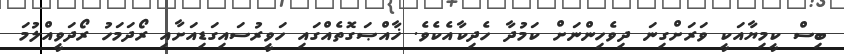
ބިސް ކީމިޔާއަކީ ވަރަށްގިނަ ދިވެހިންނަށް ކަމުދާ ހެދިކާއެކެވެ. ޚާއްޞަގޮތެއްގައި ހަވީރުސައިގަޑިއަށާއި ރޯދަމަހު ރޯދަވީއްލުމަ